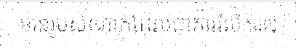
មានរូបសំណាក់ដែលជាការរំលឹកដល់